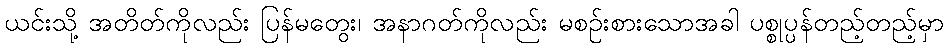
ယင်းသို့ အတိတ်ကိုလည်း ပြန်မတွေး၊ အနာဂတ်ကိုလည်း မစဉ်းစားသောအခါ ပစ္စုပ္ပန်တည့်တည့်မှာ